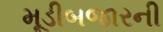
મૂડીબજારની